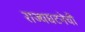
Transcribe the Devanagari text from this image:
राज्यघटनेची